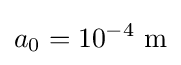
a_{0}=10^{-4}~{\text{m}}